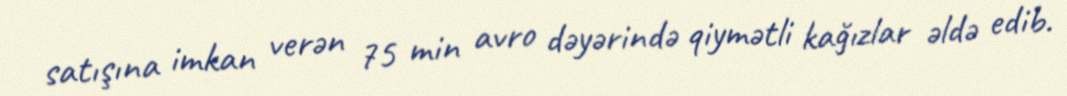
satışına imkan verən 75 min avro dəyərində qiymətli kağızlar əldə edib.